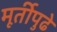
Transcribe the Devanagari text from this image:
मूर्तीपुढे